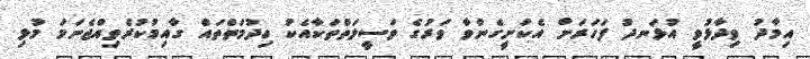
އިމާދު ވިދާޅުވީ އުޅަނދު ފަހަރަށް އެކަށީގެންވާ ވަރުގެ ވަސީލަތްތަކާއެކު ހިދުމަތްތައް ގާއިމުކުރެވިއްޖެނަމަ މުޅި